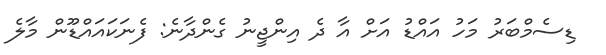
ޑިސެމްބަރު މަހު އައްޑު އަށް އާ ދެ އިންޖީނު ގެންދާނެ: ފެނަކައައްޑޫން މާލެ